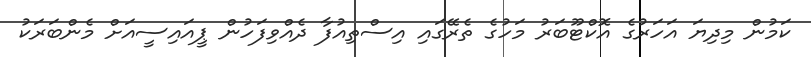
ކަމުން މިދިޔަ އަހަރުގެ އޮކްޓޫބަރު މަހުގެ ތެރޭގައި އިސްތިއުފާ ދެއްވިފަހުން ޕީއައިސީއަށް މެންބަރަކު